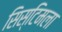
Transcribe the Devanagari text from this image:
सिस्टिमला